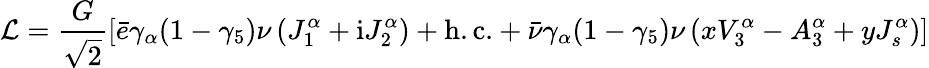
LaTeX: {\cal L}=\frac{G}{\sqrt{2}}\left[\bar{e}\gamma_{\alpha}(1-\gamma_{5})\nu\left(J_{1}^{\alpha}+{\mathrm{i}}J_{2}^{\alpha}\right)+\mathrm{h.c.}+\bar{\nu}\gamma_{\alpha}(1-\gamma_{5})\nu\left(xV_{3}^{\alpha}-A_{3}^{\alpha}+yJ_{s}^{\alpha}\right)\right]